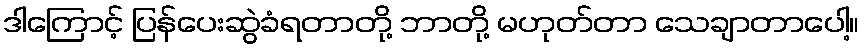
ဒါကြောင့် ပြန်ပေးဆွဲခံရတာတို့ ဘာတို့ မဟုတ်တာ သေချာတာပေါ့။